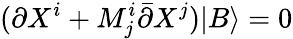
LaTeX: (\partial X^{i}+M_{j}^{i}\bar{\partial}X^{j})|B\rangle=0